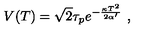
V ( T ) = \sqrt { 2 } \tau _ { p } e ^ { - { \frac { \kappa T ^ { 2 } } { 2 \alpha ^ { \prime } } } } \ ,